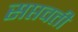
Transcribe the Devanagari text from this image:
सप्तवती